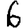
Digit: 6